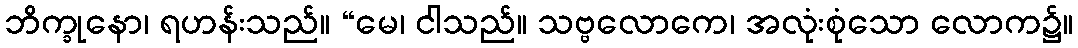
ဘိက္ခုနော၊ ရဟန်းသည်။ “မေ၊ ငါသည်။ သဗ္ဗလောကေ၊ အလုံးစုံသော လောက၌။